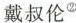
戴叔伦^{②}